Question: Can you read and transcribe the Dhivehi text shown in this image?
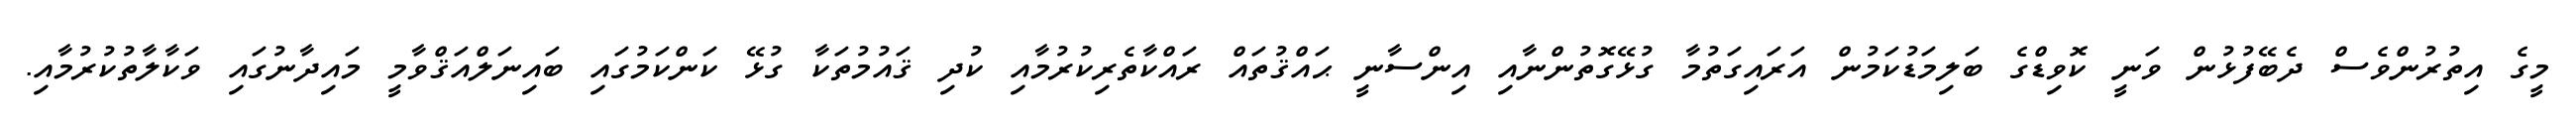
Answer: މީގެ އިތުރުންވެސް ދެބޭފުޅުން ވަނީ ކޮވިޑްގެ ބަލިމަޑުކަމުން އަރައިގަތުމާ ގުޅޭގޮތުންނާއި އިންސާނީ ޙައްޤުތައް ރައްކާތެރިކުރުމާއި ކުދި ޤައުމުތަކާ ގުޅޭ ކަންކަމުގައި ބައިނަލްއަޤްވާމީ މައިދާނުގައި ވަކާލާތުކުރުމާއި.